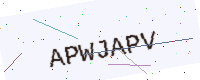
Text: APWJAPV